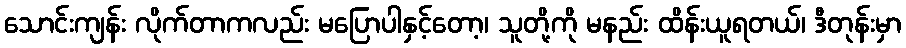
သောင်းကျန်း လိုက်တာကလည်း မပြောပါနှင့်တော့၊ သူတို့ကို မနည်း ထိန်းယူရတယ်၊ ဒီတုန်းမှာ